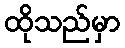
ထိုသည်မှာ